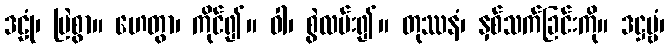
ဒဠုံ၊ မြဲစွာ။ ဟေတွာ၊ ကိုင်၍။ ဝါ၊ စွဲလမ်း၍။ တုဿနံ၊ နှစ်သက်ခြင်းကို။ ဒဋ္ဌဗ္ဗံ၊